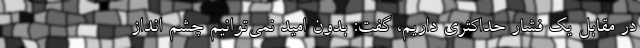
در مقابل یک فشار حداکثری داریم، گفت: بدون امید نمی‌توانیم چشم انداز